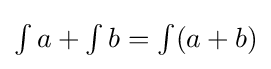
{\textstyle \int a+\int b=\int (a+b)}